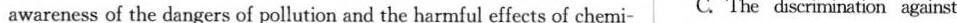
awareness of the dangers of pollution and the harmful effects of chemi- C. The discrimination against